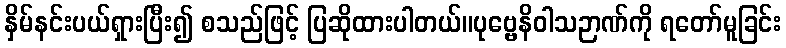
နှိမ်နင်းပယ်ရှားပြီး၍ စသည်ဖြင့် ပြဆိုထားပါတယ်။ပုဗ္ဗေနိဝါသဉာဏ်ကို ရတော်မူခြင်း